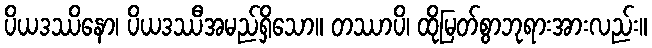
ပိယဒဿိနော၊ ပိယဒဿီအမည်ရှိသော။ တဿာပိ၊ ထိုမြတ်စွာဘုရားအားလည်း။